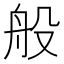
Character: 般